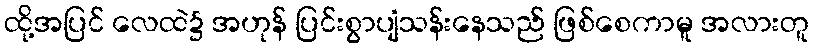
ထို့အပြင် လေထဲ၌ အဟုန် ပြင်းစွာပျံသန်းနေသည် ဖြစ်စေကာမူ အလားတူ